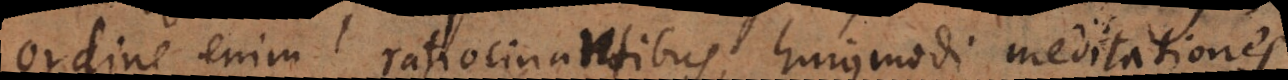
ordine enim ratiocinantibus hujusmodi meditationes